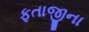
ફતાજીના